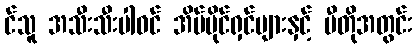
င်သူ အသီးသီးပါဝင် အိမ်ပိုင်ရှင်များနှင့် ဗီတိုအတွင်း